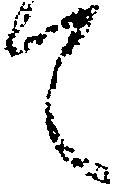
て